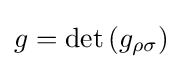
g=\det \left(g_{\rho \sigma }\right)